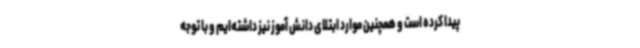
پیدا کرده است و همچنین موارد ابتلای دانش آموز نیز داشته‌ایم و با توجه